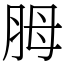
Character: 胟